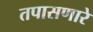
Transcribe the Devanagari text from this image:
तपासणारे